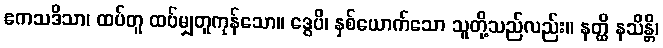
ဧကသဒိသာ၊ ထပ်တူ ထပ်မျှတူကုန်သော။ ဒွေပိ၊ နှစ်ယောက်သော သူတို့သည်လည်း။ နတ္ထိ နသိန္တိ၊